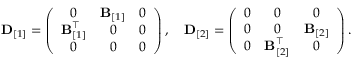
\begin{array} { r } { { \bf D } _ { [ 1 ] } = \left( \begin{array} { c c c } { 0 } & { { \bf B } _ { [ 1 ] } } & { 0 } \\ { { \bf B } _ { [ 1 ] } ^ { \top } } & { 0 } & { 0 } \\ { 0 } & { 0 } & { 0 } \end{array} \right) , \quad { \bf D } _ { [ 2 ] } = \left( \begin{array} { c c c } { 0 } & { 0 } & { 0 } \\ { 0 } & { 0 } & { { \bf B } _ { [ 2 ] } } \\ { 0 } & { { \bf B } _ { [ 2 ] } ^ { \top } } & { 0 } \end{array} \right) . \quad } \end{array}